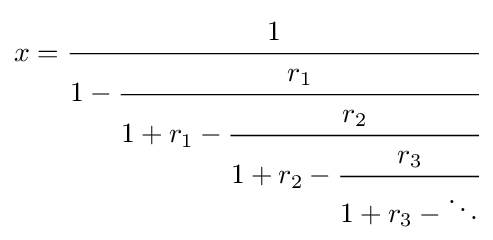
x={\cfrac {1}{1-{\cfrac {r_{1}}{1+r_{1}-{\cfrac {r_{2}}{1+r_{2}-{\cfrac {r_{3}}{1+r_{3}-\ddots }}}}}}}}